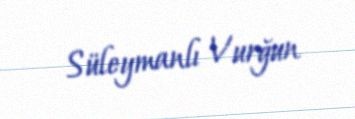
Süleymanlı Vurğun